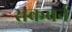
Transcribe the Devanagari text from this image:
राकवर्न